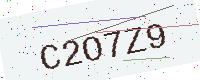
Text: C2O7Z9